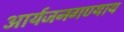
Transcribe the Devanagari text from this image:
आर्यजनगण्याय